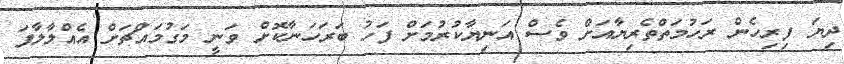
ދިޔަ ފިރިހެން ރަހުމަތްތެރިޔާއަށް ވެސް އަނިޔާކުރުމަށް ފަހު ބަރަހަނާކޮށް ވަނީ މަގުމައްޗަށް އެއްލާލާފަ